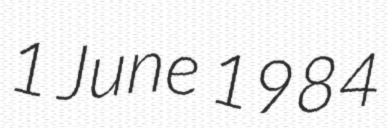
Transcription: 1 June 1984